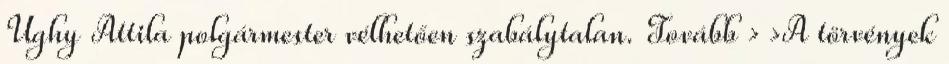
Ughy Attila polgármester vélhetően szabálytalan. Tovább › ›A törvények